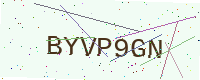
Text: BYVP9GN